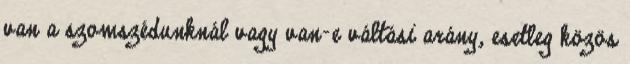
van a szomszédunknál vagy van-e váltási arány, esetleg közös